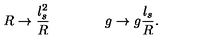
R \rightarrow { \frac { l _ { s } ^ { 2 } } { R } } \qquad \qquad g \rightarrow g { \frac { l _ { s } } { R } } .